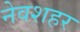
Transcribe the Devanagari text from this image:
नेवशहर